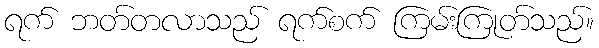
ရက် ဘတ်တလာသည် ရက်စက် ကြမ်းကြုတ်သည်။